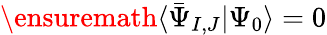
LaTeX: \ensuremath{\langle\bar{\Psi}_{I,J}\vert\Psi_{0}\rangle}=0